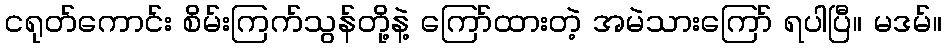
ငရုတ်ကောင်း စိမ်းကြက်သွန်တို့နဲ့ ကြော်ထားတဲ့ အမဲသားကြော် ရပါပြီ။ မဒမ်။